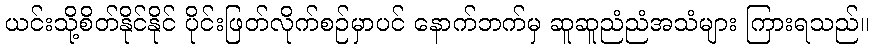
ယင်းသို့စိတ်နိုင်နိုင် ပိုင်းဖြတ်လိုက်စဉ်မှာပင် နောက်ဘက်မှ ဆူဆူညံညံအသံများ ကြားရသည်။